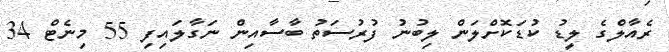
ރެއާލްގެ ލީޑު ކުޑަކޮށްލަން ލިބުނު ފުރުސަތު ބާސާއިން ނަގާލައިފި 55 މިނެޓް 34